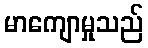
မာကျောမှုသည်